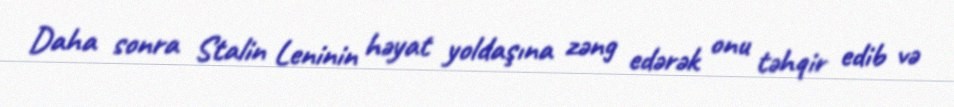
Daha sonra Stalin Leninin həyat yoldaşına zəng edərək onu təhqir edib və